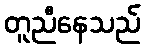
တူညီနေသည်